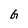
Character: G